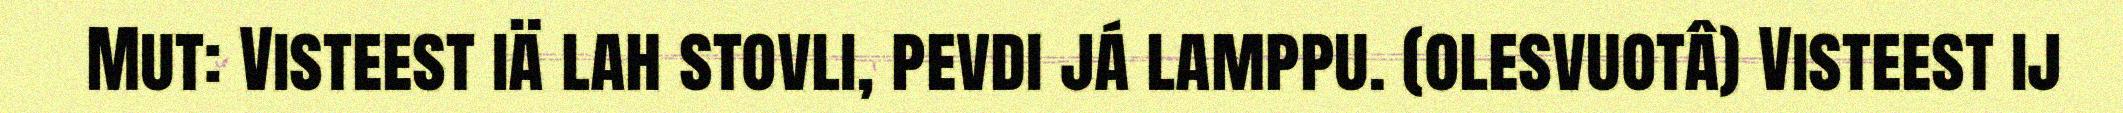
Mut: Visteest iä lah stovli, pevdi já lamppu. (olesvuotâ) Visteest ij